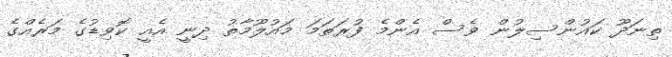
ތިނަދޫ ކައުންސިލުން ވެސް އެންމެ ފުރަތަމަ މައުލޫމާތު ދިނީ އެއީ ކޮވިޑުގެ މަރެއްގެ